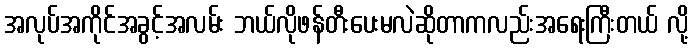
အလုပ်အကိုင်အခွင့်အလမ်း ဘယ်လိုဖန်တီးပေးမလဲဆိုတာကလည်းအရေးကြီးတယ် လို့